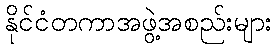
နိုင်ငံတကာအဖွဲ့အစည်းများ